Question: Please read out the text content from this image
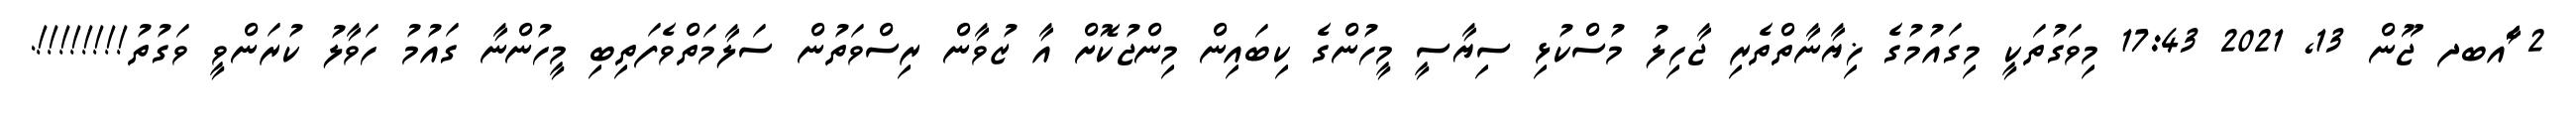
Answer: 2 ާަެެައބދ ޖޫން 13, 2021 17:43 މިވަގުތަކީ މިގައުމުގެ ޚިޔާނާތްތެރި ޖާހިލު މުސްކުޅި ސިޔާސީ މީހުންގެ ކިބައިން މިންޖުކޮށް އާ ޒުވާން ރިސްވަތުން ސަލާމަތްވެފަތިބި މީހުންނާ ގައުމު ހަވާލު ކުރަންވީ ވަގުތު!!!!!!!!.